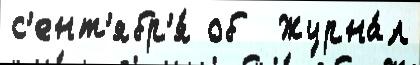
с'ент'ябр'я́ об  Журна́л